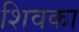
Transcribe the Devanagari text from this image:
शिवका